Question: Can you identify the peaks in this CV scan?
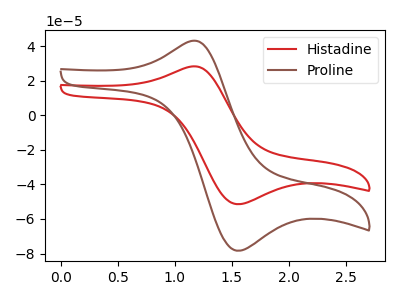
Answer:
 <answer>The red curve "Histadine" has an anodic peak at (1.15V, 28.20uA) and a cathodic peak at (1.55V, -51.45uA). The brown curve "Proline" has an anodic peak at (1.15V, 42.95uA) and a cathodic peak at (1.55V, -78.35uA).</answer>
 <eval></eval>